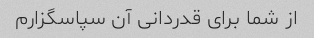
از شما برای قدردانی آن سپاسگزارم